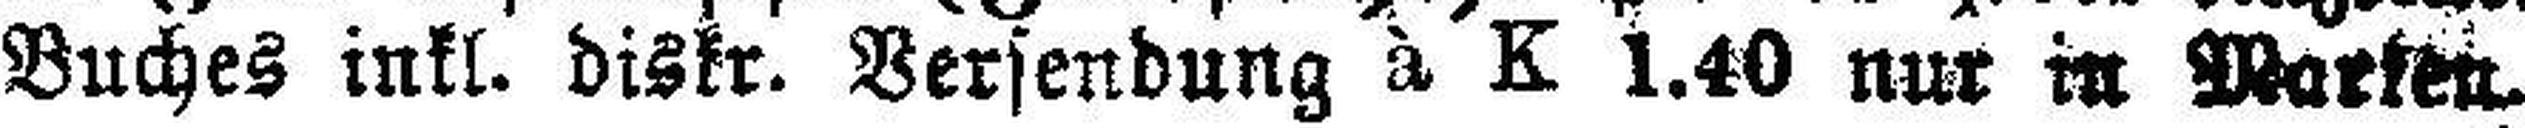
Buches inkl. diskr. Versendung à K 1.40 nur in Marten.